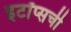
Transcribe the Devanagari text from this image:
इटॉप्सची